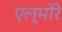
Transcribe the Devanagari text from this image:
एल्मोरे